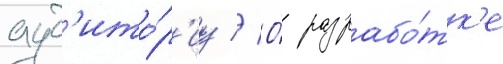
ауд'ито́р'иу // О́ разрабо́тк'е